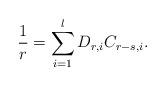
LaTeX: \begin{align*} \frac{1}{r}=\sum_{i=1}^l D_{r,i}C_{r-s,i}.\end{align*}